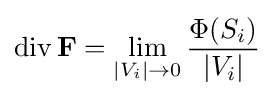
\operatorname {div} \mathbf {F} =\lim _{|V_{i}|\to 0}{\frac {\Phi (S_{i})}{|V_{i}|}}